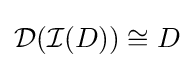
{\mathcal {D}}({\mathcal {I}}(D))\cong D